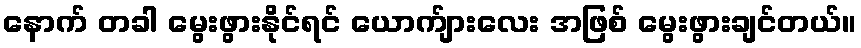
နောက် တခါ မွေးဖွားနိုင်ရင် ယောက်ျားလေး အဖြစ် မွေးဖွားချင်တယ်။